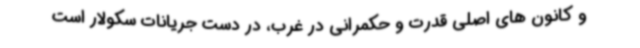
و کانون های اصلی قدرت و حکمرانی در غرب، در دست جریانات سکولار است